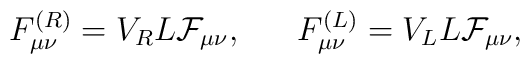
F^{(R)}_{\mu\nu}=V_RL{\cal F}_{\mu\nu}, \ \ \ \ \ F^{(L)}_{\mu\nu}=V_LL{\cal F}_{\mu\nu},